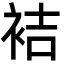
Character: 袺